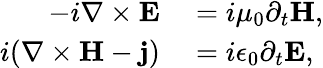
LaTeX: \begin{array}{rl}{-i\nabla\times\mathbf{E}}&{{}=i\mu_{0}\partial_{t}\mathbf{H},}\\ {i(\nabla\times\mathbf{H}-\mathbf{j})}&{{}=i\epsilon_{0}\partial_{t}\mathbf{E},}\end{array}